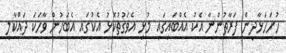
ހުށަހަޅާދިން ފަރާތުންނާ އެކު އެއްބައިގައި މުޅި އެވަގުތުކޮޅު އެކުގައި އެބަހުން ވާހަކަ ދައްކާލީ